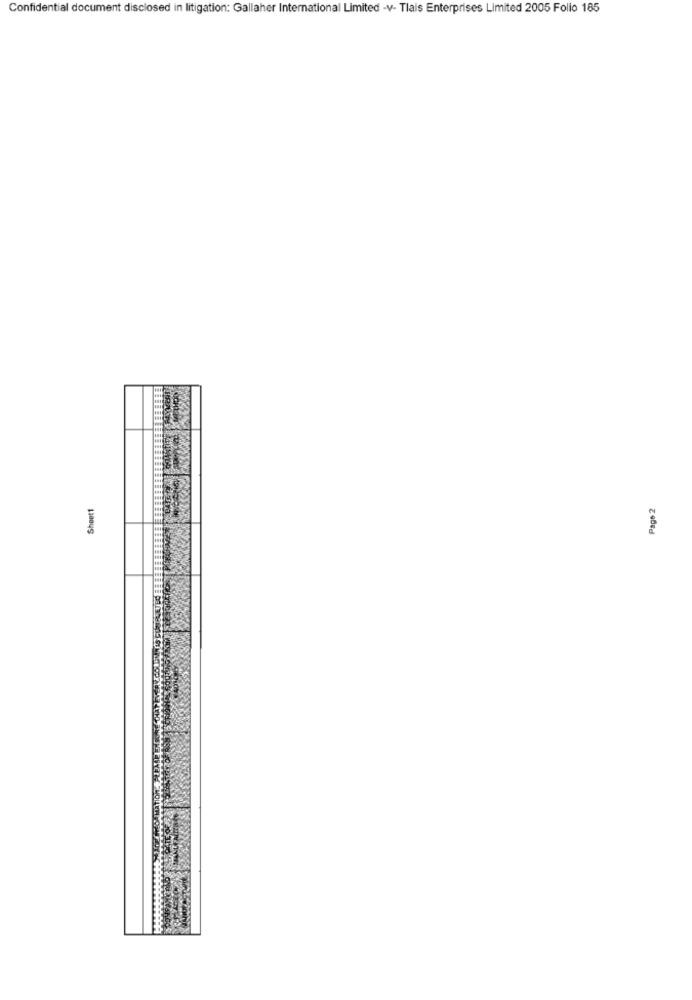
Confidential document disclosed in litigation: Gallaher International Limited -v- Tlais Enterprises Limited 2005 Folio 185
Sheet1
Page 2